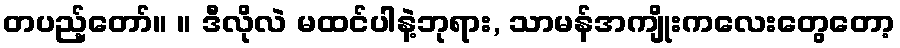
တပည့်တော်။ ။ ဒီလိုလဲ မထင်ပါနဲ့ဘုရား, သာမန်အကျိုးကလေးတွေတော့